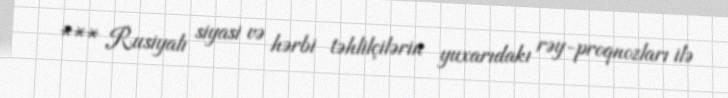
*** Rusiyalı siyasi və hərbi təhlilçilərin yuxarıdakı rəy-proqnozları ilə